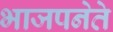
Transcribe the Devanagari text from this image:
भाजपनेते